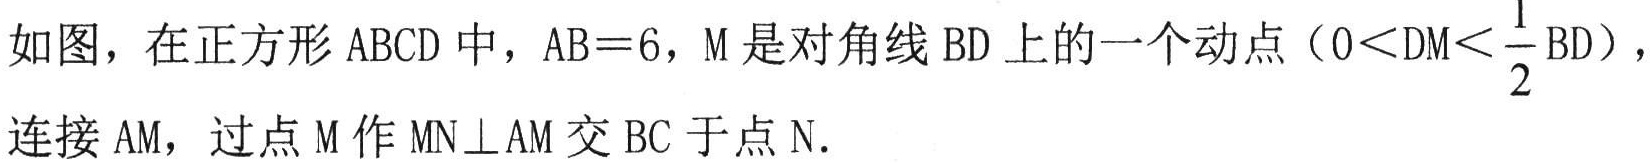
如图，在正方形 \(ABCD\) 中，\(AB = 6\)，\(M\) 是对角线 \(BD\) 上的一个动点（\(0<DM<\frac{1}{2}BD\)），连接 \(AM\)，过点 \(M\) 作 \(MN\perp AM\) 交 \(BC\) 于点 \(N\).